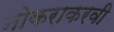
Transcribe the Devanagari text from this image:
नोकराकरवी